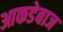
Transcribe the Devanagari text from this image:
आकडेबाज